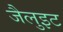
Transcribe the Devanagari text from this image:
जैलुइट